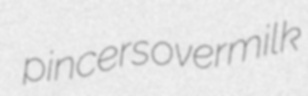
pincers overmilk